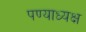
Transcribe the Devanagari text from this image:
पण्याध्यक्ष